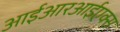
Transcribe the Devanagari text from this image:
आईआरआईएक्स